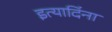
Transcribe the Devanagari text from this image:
इत्यादिंना